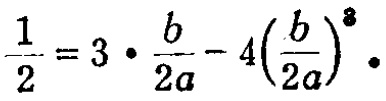
$\frac{1}{2}=3\cdot \frac{b}{2a}-4\left(\frac{b}{2a}\right)^{3}.$